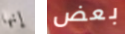
إنها بعض